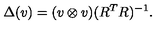
\Delta ( v ) = ( v \otimes v ) ( R ^ { T } R ) ^ { - 1 } .